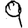
Digit: 9